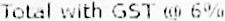
TOTAL WITH GST @ 6%